65_HS1-834228961_62-HQ-83894_Section_8
Agency: FBI
Page 198
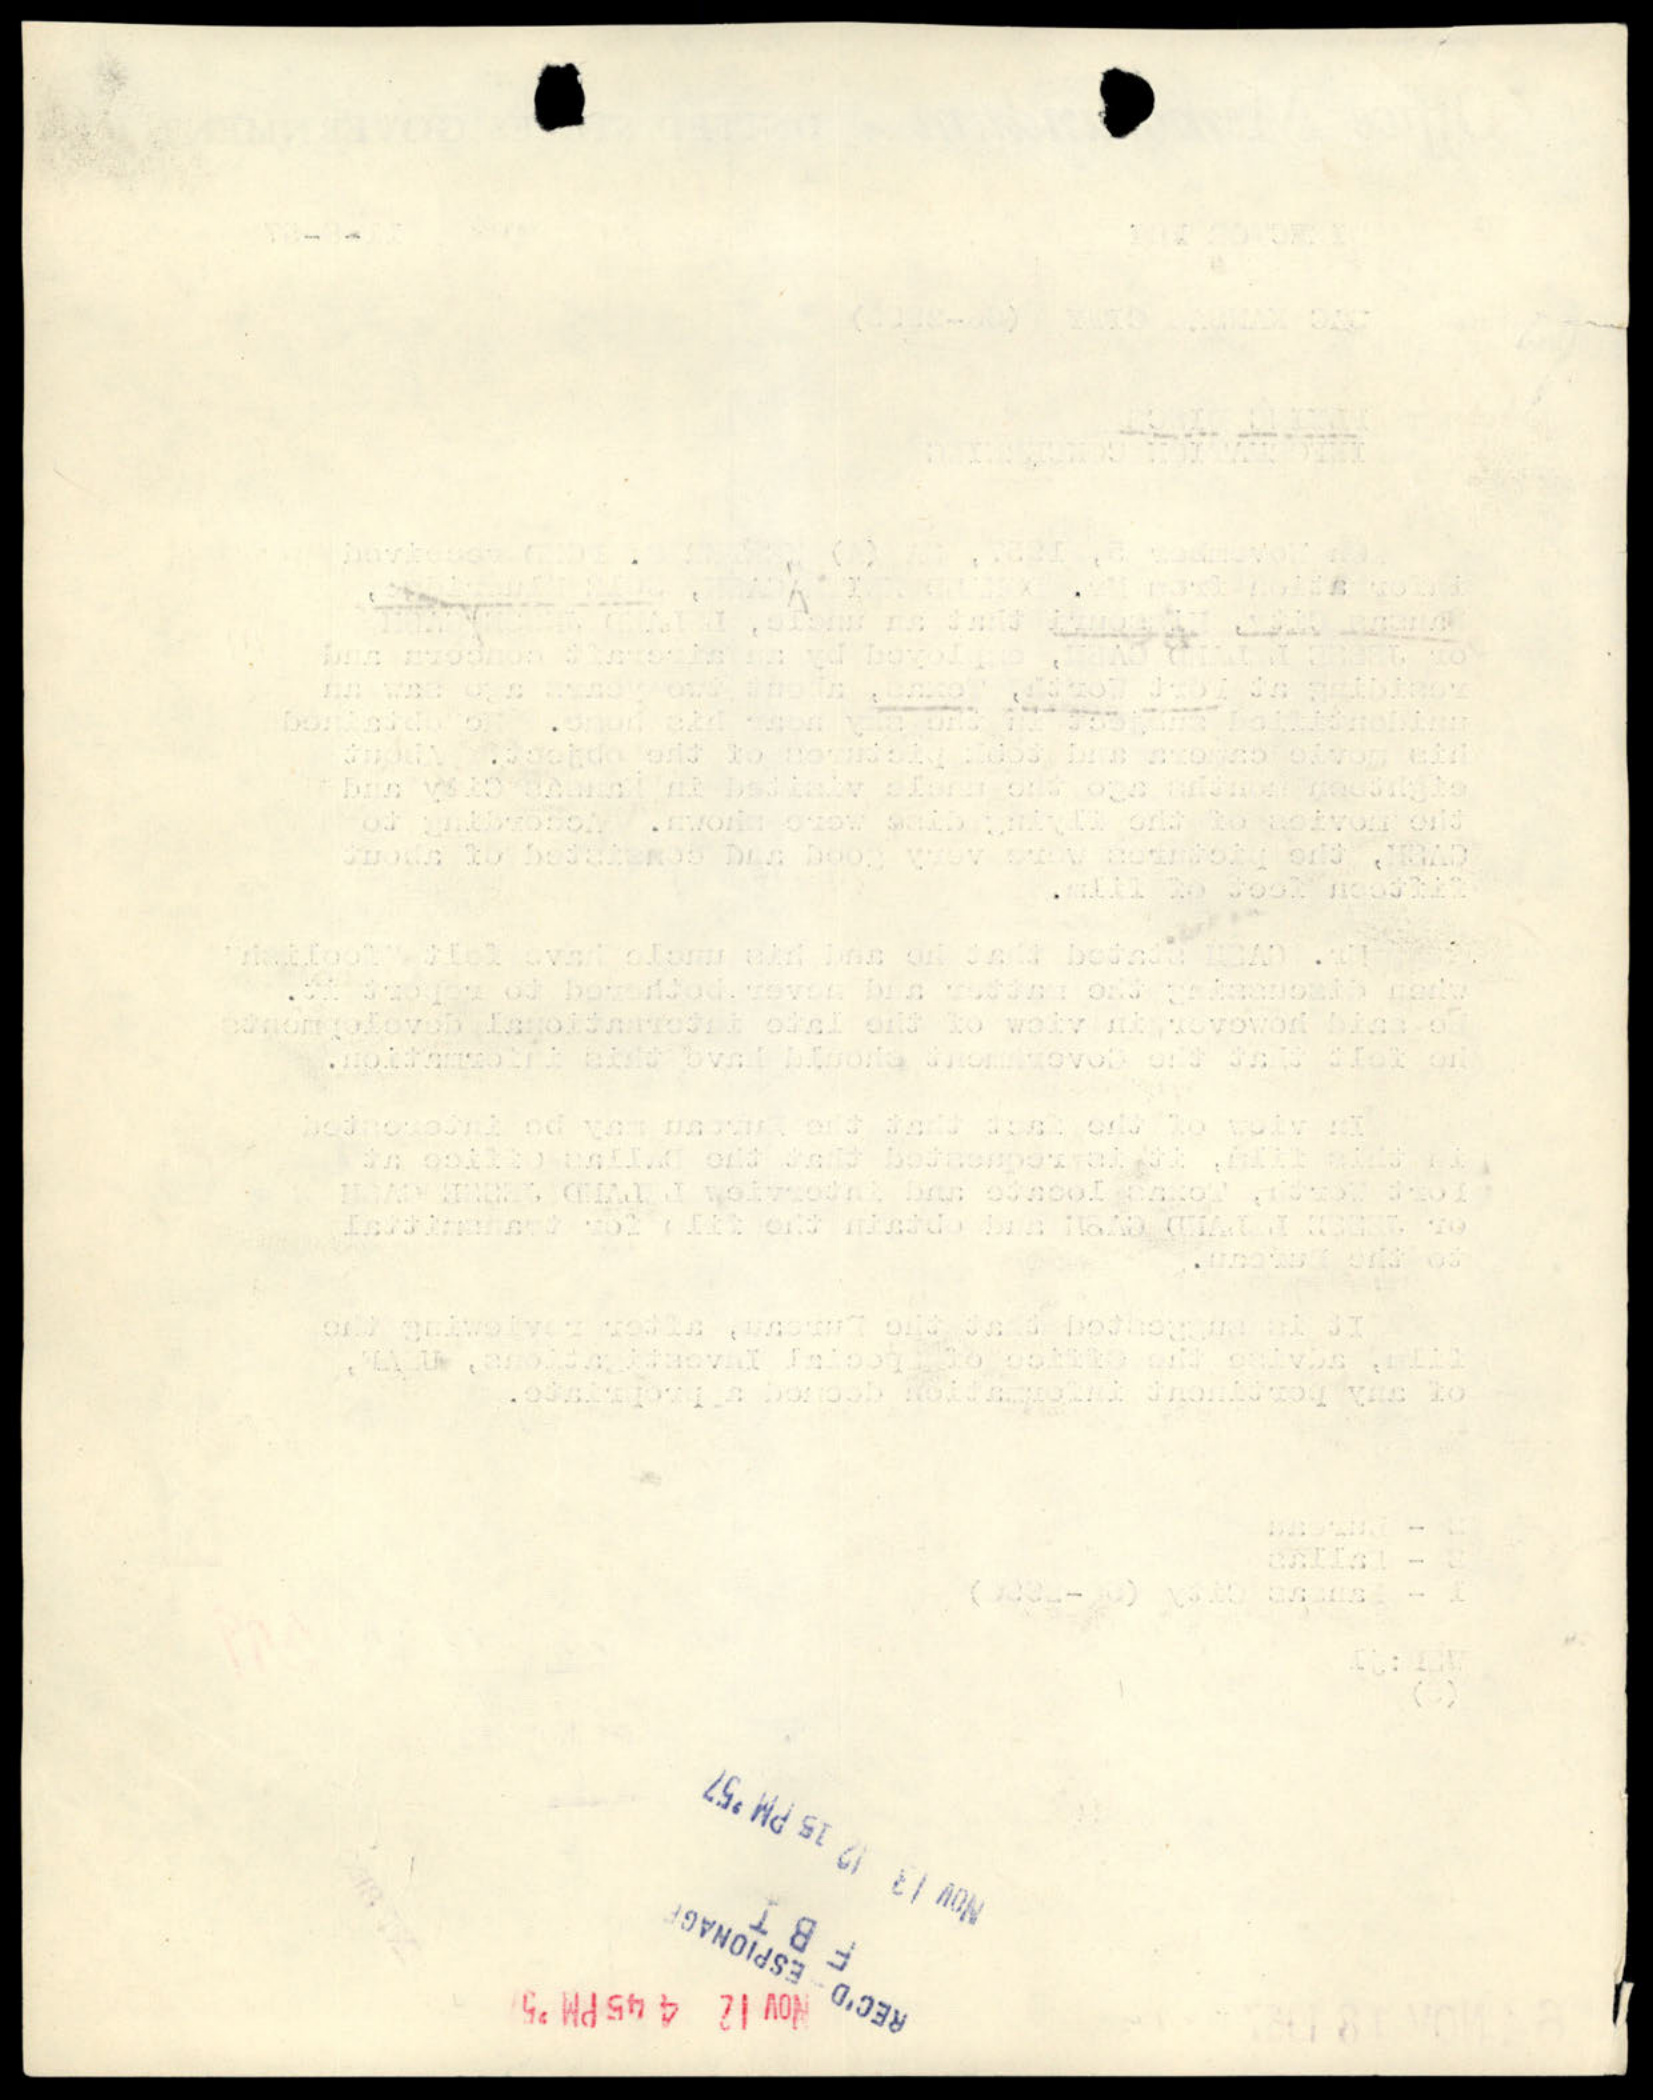